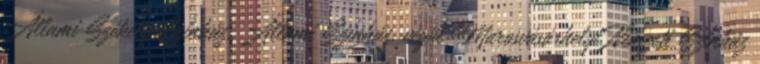
Állami Székely Színház, Állami Színház, végül Marosvásárhelyi Nemzeti Színház